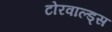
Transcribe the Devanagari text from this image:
टोरवाल्ड्स